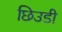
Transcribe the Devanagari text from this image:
छिउडी